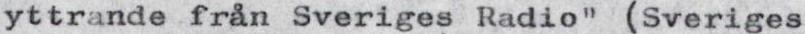
yttrande från Sveriges Radio" (Sveriges